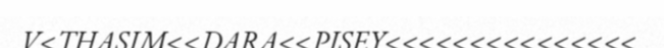
V<THASIM<<DARA<<PISEY<<<<<<<<<<<<<<<